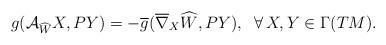
LaTeX: \begin{align*} g(\mathcal{A}_{\widehat{W}}X, PY)=-\overline{g}(\overline{\nabla}_{X}\widehat{W}, PY), \;\;\forall\, X,Y\in\Gamma(TM).\end{align*}